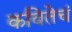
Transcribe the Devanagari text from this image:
कवितेचं